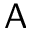
\mathsf { A }